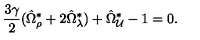
\frac { 3 \gamma } { 2 } ( \hat { \Omega } _ { \rho } ^ { \ast } + 2 \hat { \Omega } _ { \lambda } ^ { \ast } ) + \hat { \Omega } _ { \cal U } ^ { \ast } - 1 = 0 .